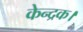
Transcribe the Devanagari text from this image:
केन्द्रक।